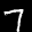
Label: 7